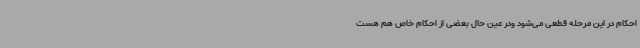
احکام در این مرحله قطعی می‌شود ودر عین حال بعضی از احکام خاص هم هست